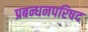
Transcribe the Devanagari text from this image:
प्रबन्धनपरिषद